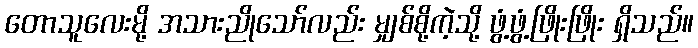
တောသူလေးမို့ အသားညိုသော်လည်း မျှစ်စို့ကဲ့သို့ ဖွံ့ဖွံ့ဖြိုးဖြိုး ရှိသည်။